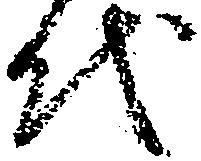
代